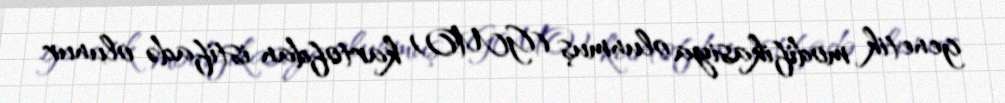
genetik modifikasiya olunmuş (GMO) kartofdan istifadə olunur.